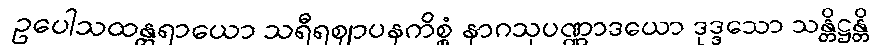
ဥပေါသထန္တရာယော သရီရဈာပနကိစ္စံ နာဂသုပဏ္ဏာဒယော ဒုဒ္ဒသော သန္တိဋ္ဌန္တိ